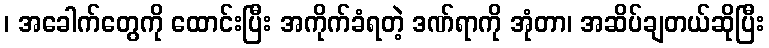
၊ အခေါက်တွေကို ထောင်းပြီး အကိုက်ခံရတဲ့ ဒဏ်ရာကို အုံတာ၊ အဆိပ်ချတယ်ဆိုပြီး